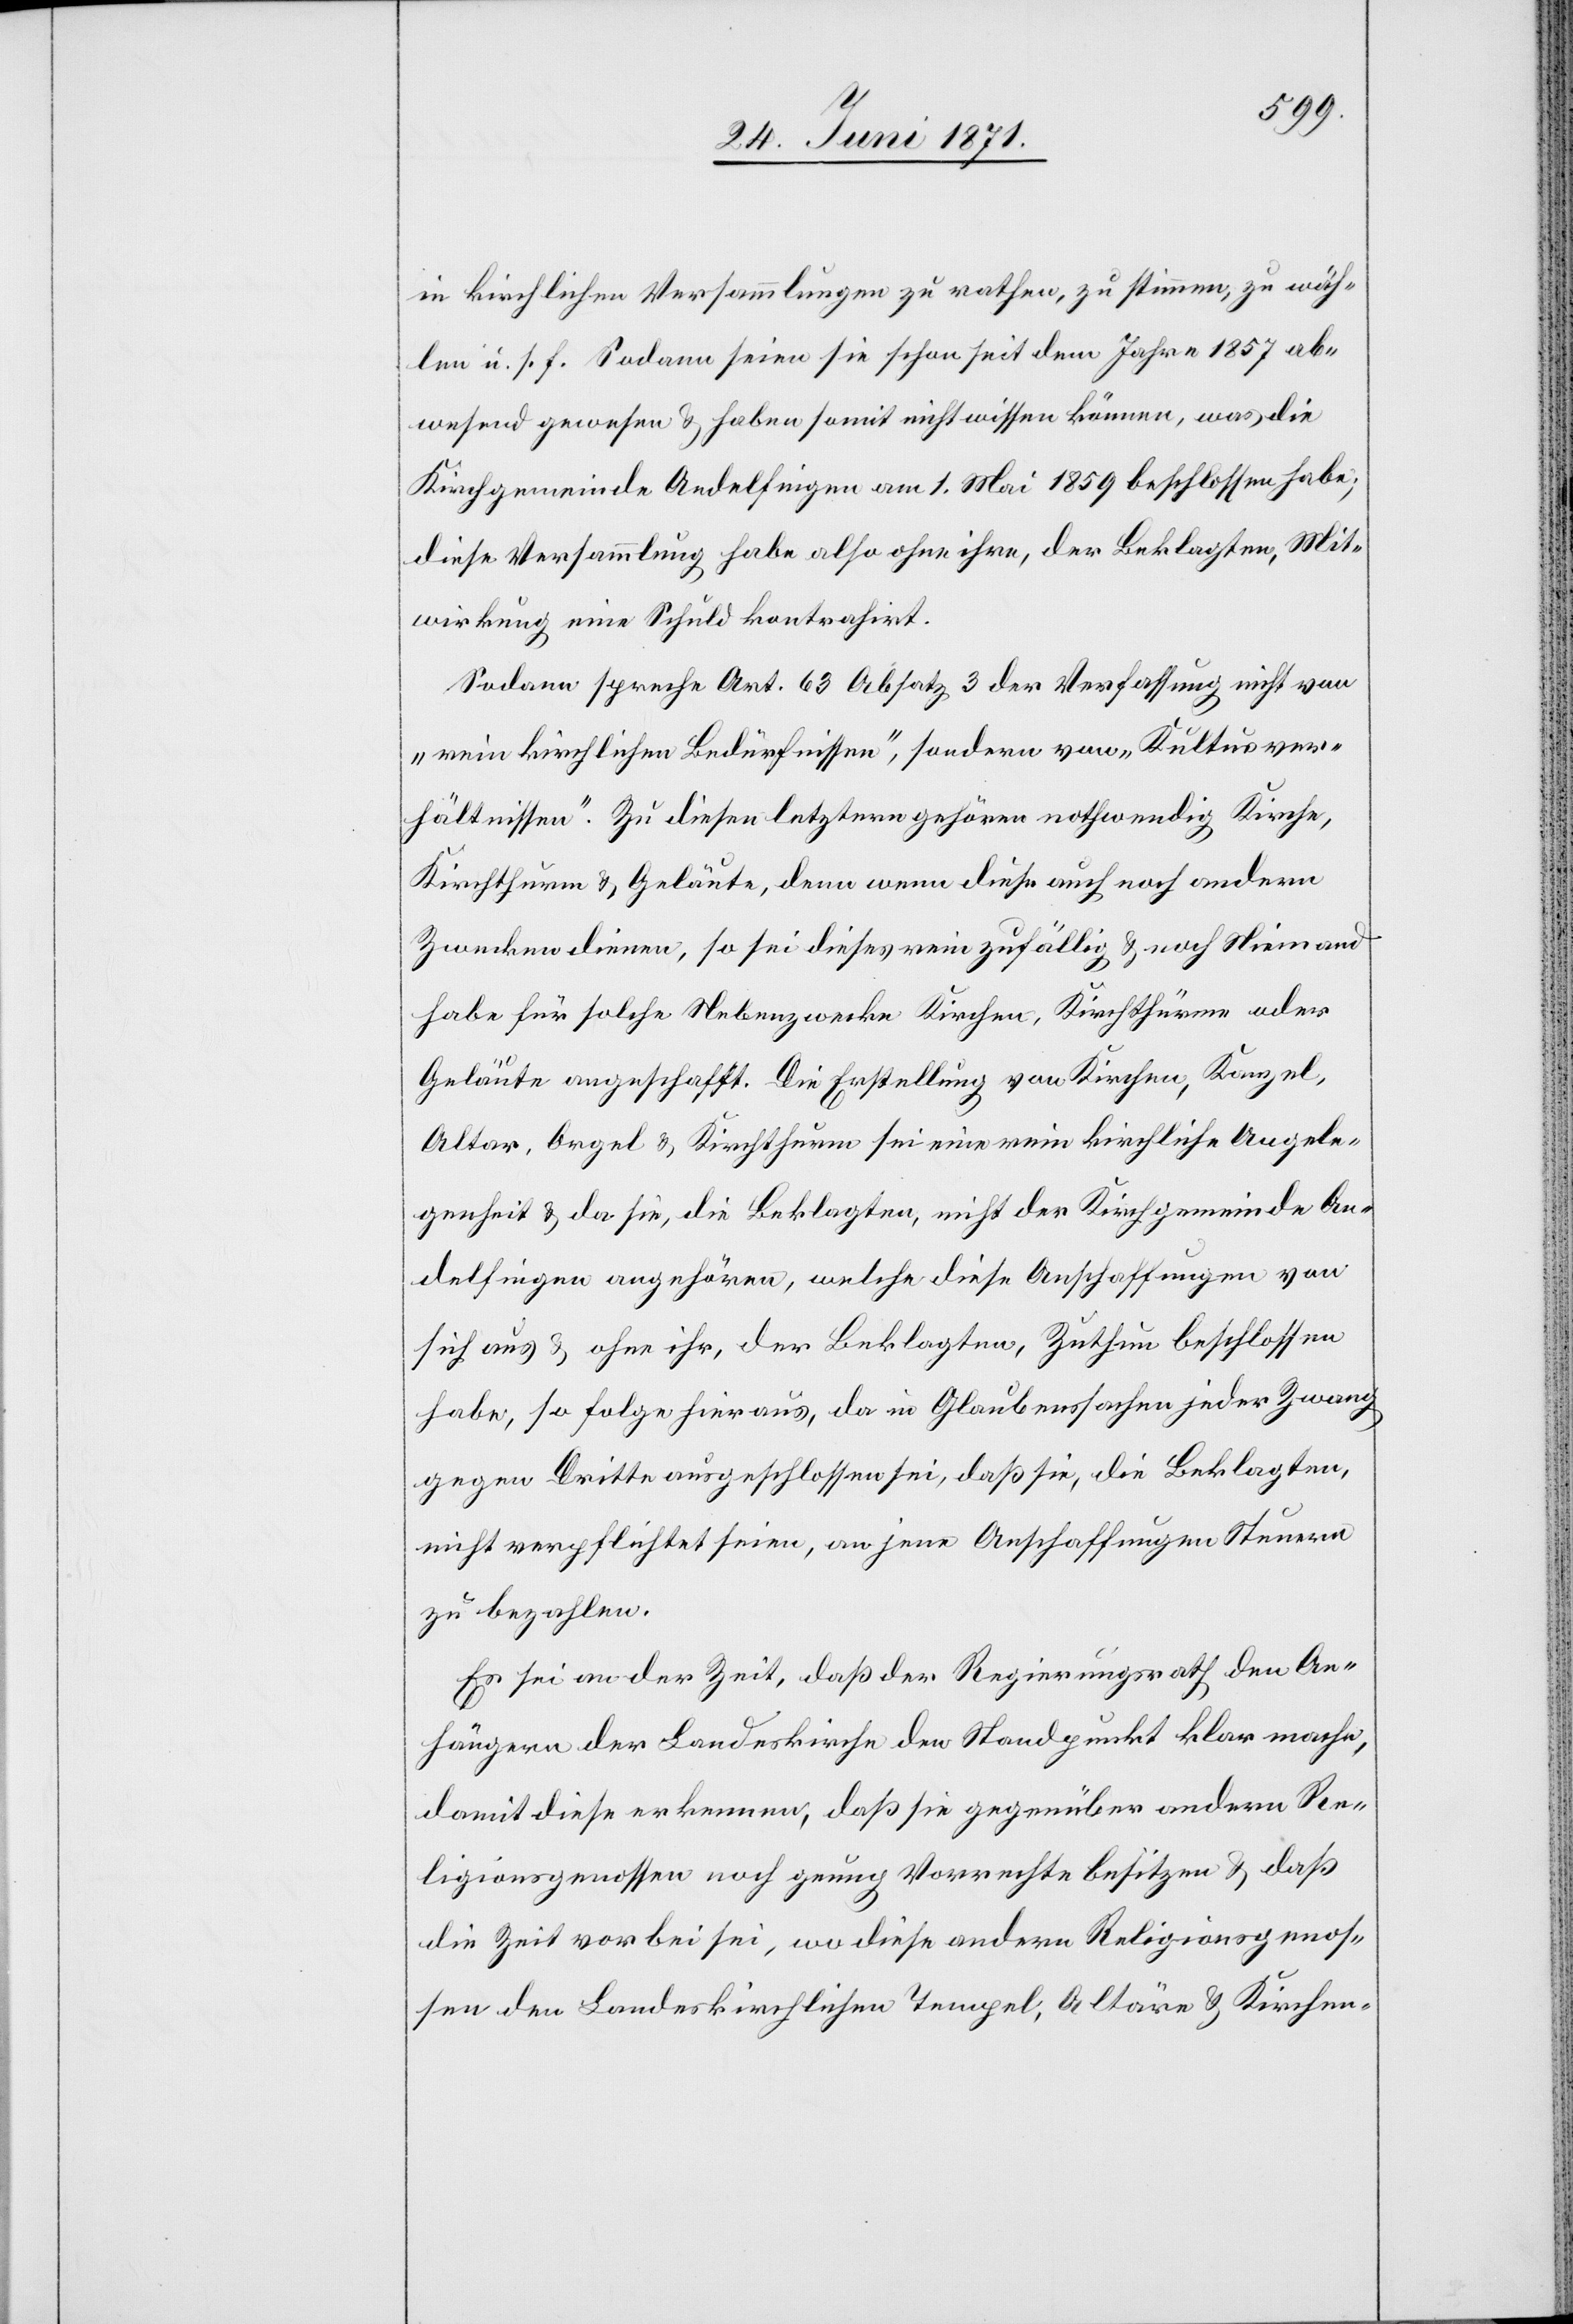
in kirchlichen Versammlungen zu rathen, zu stimmen, zu wäh¬
len u. s. f. Sodann seien sie schon seit dem Jahre 1857 ab¬
wesend gewesen u. haben somit nicht wissen könne, was die
Kirchgemeinde Andelfingen am 1. Mai 1859 beschlossen habe;
diese Versammlung habe also ohne ihre, der Beklagten, Mit¬
wirkung eine Schuld kontrahirt.
Sodann spreche Art. 63 Absatz 3 der Verfassung nicht von
„rein kirchlichen Bedürfnissen“, sondern von „Kultusver¬
hältnissen“. Zu diesen letztern gehören nothwendig Kirche,
Kirchthurm u. Geläute, denn wenn diese auch noch andern
Zwecken dienen, so sei dieses rein zufällig u. noch Niemand
habe für solche Nebenzwecke Kirchen, Kirchthürme oder
Geläute angeschafft. Die Erstellung von Kirchen, Kanzel,
Altar, Orgel u. Kirchthurm sei eine rein kirchliche Angele¬
genheit u. da sie, die Beklagten, nicht der Kirchgemeinde An¬
delfingen angehören, welche diese Anschaffungen von
sich aus u. ohne ihr, der Beklagten, Zuthun beschlossen
habe, so folge hieraus, da in Glaubenssachen jeder Zwang
gegen Dritte ausgeschlossen sei daß sie, die Beklagten,
nicht verpflichtet seien, an jene Anschaffungen Steuern
zu bezahlen.
Es sei an der Zeit, daß der Regierungsrath den An¬
hängern der Landeskirche den Standpunkt klar mache,
damit diese erkennen, daß sie gegenüber andern Re¬
ligionsgenossen noch genug Vorrechte besitzen u. daß
die Zeit vorbei sei, wo diese andern Religionsgenos¬
sen den Landeskirchlichen Tempel, Altäre, u. Kirchen-